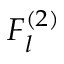
F _ { l } ^ { ( 2 ) }